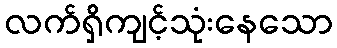
လက်ရှိကျင့်သုံးနေသော